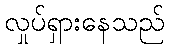
လှုပ်ရှားနေသည်